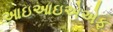
આઇઆઇએએફ